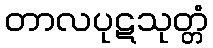
တာလပုဋသုတ္တံ